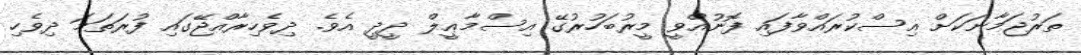
ތަރުޖަމާނަކަށް އިސްކުރައްވާފައި ފޮނުއްވީ މީރުބަހުރުގޭ އިސްމާޢީލް ދީދީ އެވެ. ދިވެހިރާއްޖޭގައި ފުރަތަމަ ދިވެހި